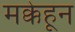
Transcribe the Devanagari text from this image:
मक्केहून